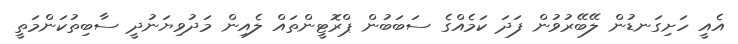
އެއީ ހަށިގަނޑުން ލޭބޭރުވުން ފަދަ ކަމެއްގެ ސަބަބުން ޕްރޮޓީންތައް ލެއިން މަދުވިޔަނުދީ ސާބިތުކަންމަތީ